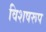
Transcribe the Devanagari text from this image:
विशषरूप